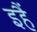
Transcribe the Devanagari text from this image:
इहैं